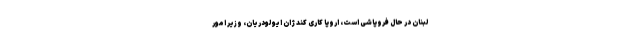
لبنان در حال فروپاشی است، اروپا کاری کند ژان ایو لودریان، وزیر امور